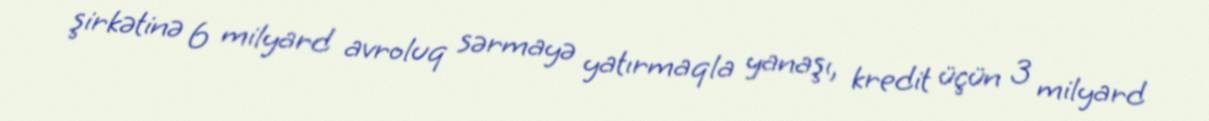
şirkətinə 6 milyard avroluq sərmayə yatırmaqla yanaşı, kredit üçün 3 milyard